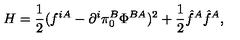
H = \frac { 1 } { 2 } ( f ^ { i A } - \partial ^ { i } \pi _ { 0 } ^ { B } \Phi ^ { B A } ) ^ { 2 } + \frac { 1 } { 2 } \hat { f } ^ { A } \hat { f } ^ { A } ,